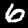
Label: 6